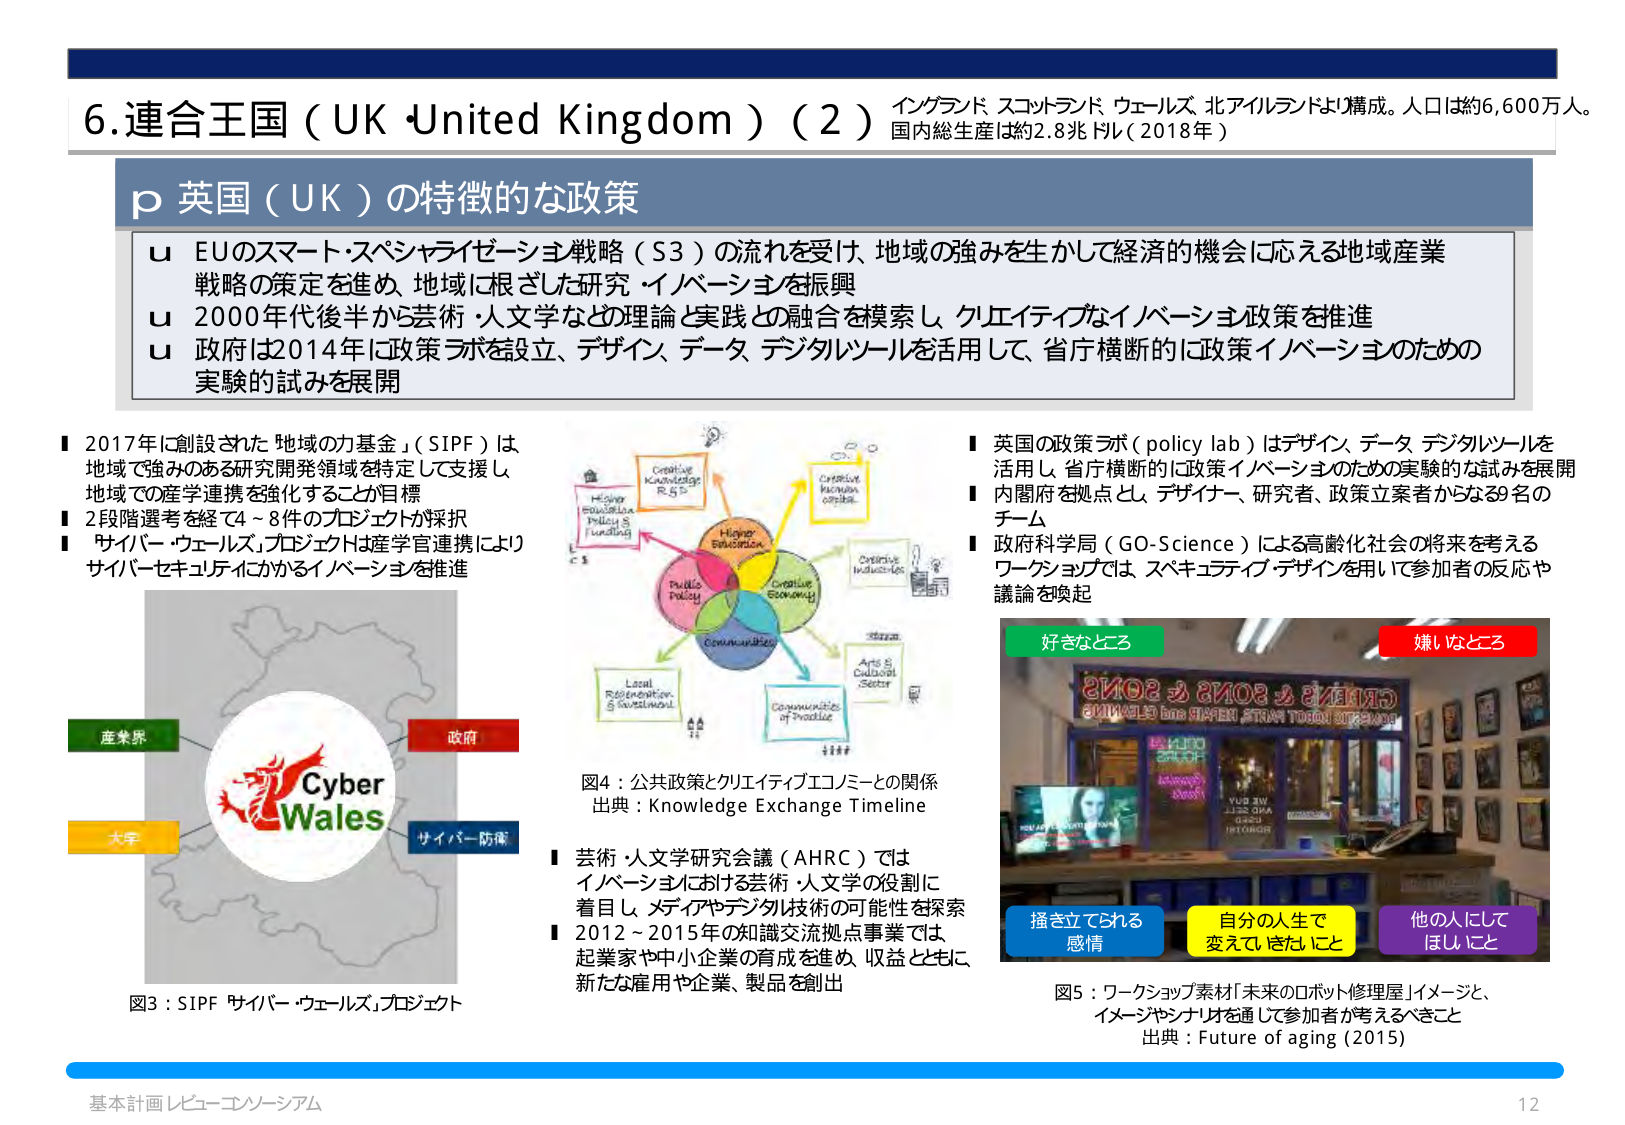
6. 連合王国（UK・United Kingdom）（2） イングランド、スコットランド、ウェールズ、北アイルランドより構成。人口は約6,600万人。国内総生産は約2.8兆ドル（2018年）

p 英国（UK）の特徴的な政策

u EUのスマート・スペシャライゼーション戦略（S3）の流れを受け、地域の強みを生かして経済的機会に応える地域産業戦略の策定を進め、地域に根ざした研究・イノベーションを振興

u 2000年代後半から芸術・人文学などの理論と実践との融合を模索し、クリエイティブなイノベーション政策を推進

u 政府は2014年に政策ラボを設立、デザイン、データ、デジタルツールを活用して、省庁横断的に政策イノベーションのための実験的試みを展開

■ 2017年に創設された「地域の力基金」（SIPF）は、地域で強みのある研究開発領域を特定して支援し、地域での産学連携を強化することが目標

■ 2段階選考を経て4～8件のプロジェクトが採択

■ 「サイバー・ウェールズ」プロジェクトは産学官連携により、サイバーセキュリティにかかるイノベーションを推進

図3：SIPF「サイバー・ウェールズ」プロジェクト

産業界
大学
政府
サイバー防衛

Cyber Wales

図4：公共政策とクリエイティブエコノミーとの関係
出典：Knowledge Exchange Timeline

■ 芸術・人文学研究会議（AHRC）では、イノベーションにおける芸術・人文学の役割に着目し、メディアやデジタル技術の可能性を探索

■ 2012～2015年の知識交流拠点事業では、起業家や中小企業の育成を進め、収益とともに新たな雇用や企業、製品を創出

■ 英国の政策ラボ（policy lab）はデザイン、データ、デジタルツールを活用し、省庁横断的に政策イノベーションのための実験的な試みを展開

■ 内閣府を拠点とし、デザイナー、研究者、政策立案者からなる39名のチーム

■ 政府科学局（GO-Science）による高齢化社会の将来を考えるワークショップでは、スペキュラティブ・デザインを用いて参加者の反応や議論を喚起

好きなところ
嫌いなところ

GREATS & SONGS
WELCOME TO ROBOT REPAIR SHOP
HELLO
WELCOME TO ROBOT REPAIR SHOP
YUD 3W
L23 Q3A
0321
HITGORG

揺さ立てられる感情
自分の人生で変えたいこと
他の人にしてほしいこと

図5：ワークショップ素材「未来のロボット修理屋」イメージと、イメージやシナリオを通じて参加者が考えるべきこと
出典：Future of aging (2015)

基本計画 レビュー・コンソーシアム
12